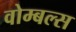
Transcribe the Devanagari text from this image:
वोम्बल्स